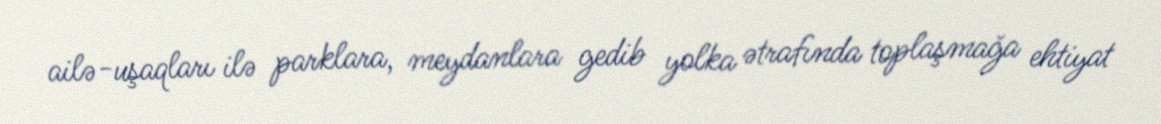
ailə-uşaqları ilə parklara, meydanlara gedib yolka ətrafında toplaşmağa ehtiyat